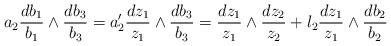
LaTeX: \begin{align*} a_2 \frac{d b_1}{b_1} \wedge \frac{d b_3}{b_3}=a_2' \frac{d z_1}{z_1} \wedge \frac{d b_3}{b_3} = \frac{d z_1}{z_1} \wedge \frac{d z_2}{z_2} + l_2\frac{d z_1}{z_1} \wedge \frac{d b_2}{b_2}\end{align*}